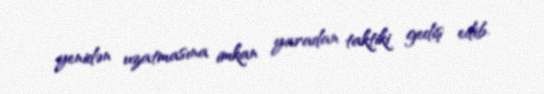
yenidən uzatmasına imkan yaradan taktiki gediş edib.